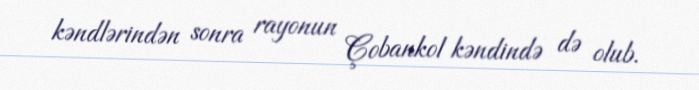
kəndlərindən sonra rayonun Çobankol kəndində də olub.